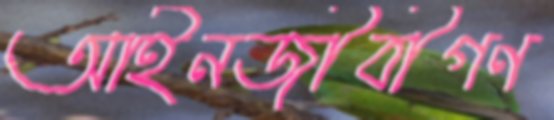
আইনজীবীগণ